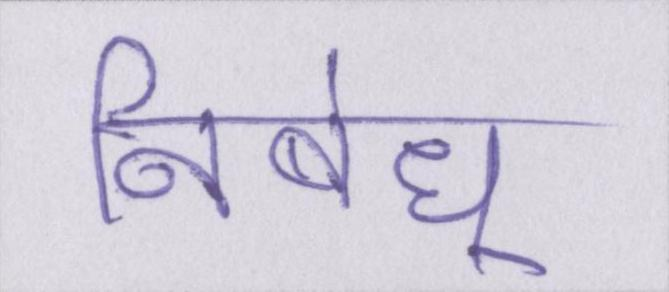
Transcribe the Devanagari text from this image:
निबंध्